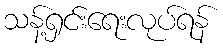
သန့်ရှင်းရေးလုပ်ရန်